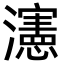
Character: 瀗